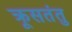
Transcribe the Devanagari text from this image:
क्रूसतंतु